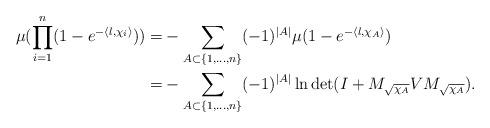
LaTeX: \begin{align*}\mu(\prod\limits_{i=1}^{n}(1-e^{-\langle l,\chi_i\rangle}))=&-\sum\limits_{A\subset\{1,\ldots,n\}}(-1)^{|A|}\mu(1-e^{-\langle l,\chi_{A}\rangle})\\=&-\sum\limits_{A\subset \{1,\ldots,n\}}(-1)^{|A|}\ln\det(I+M_{\sqrt{\chi_A}}VM_{\sqrt{\chi_A}}).\end{align*}